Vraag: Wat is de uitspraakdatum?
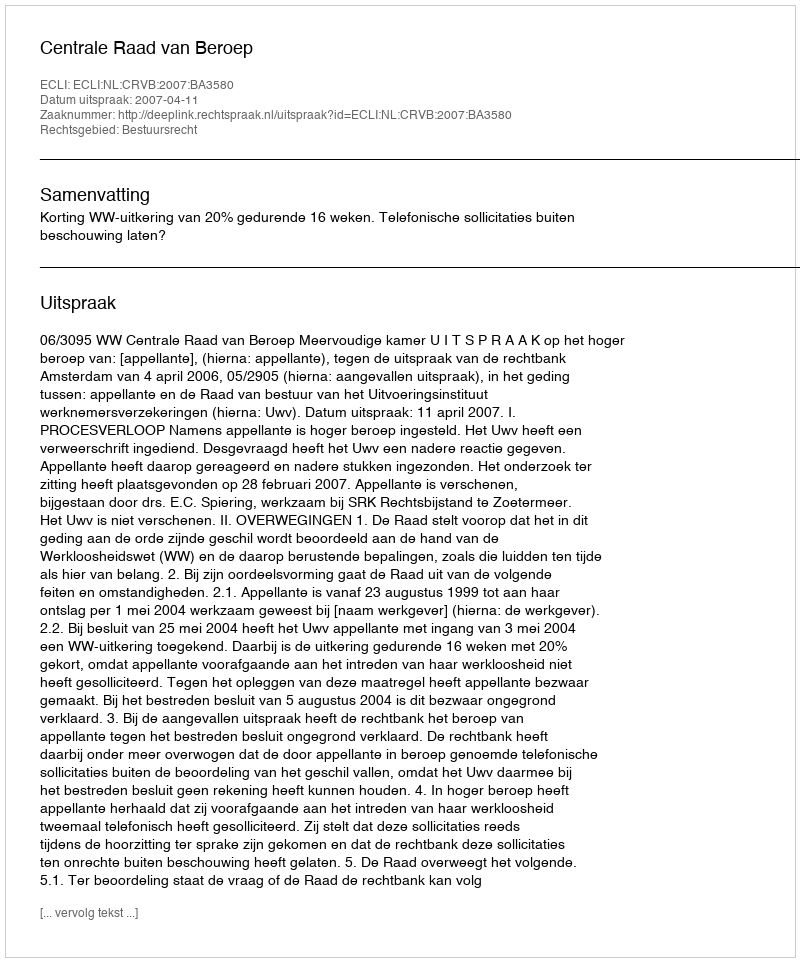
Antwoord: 2007-04-11